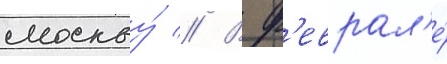
москву́ // В ф'еврал'е́